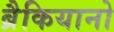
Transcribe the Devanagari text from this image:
ब्रैकियानो